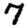
Digit: 7